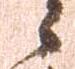
々